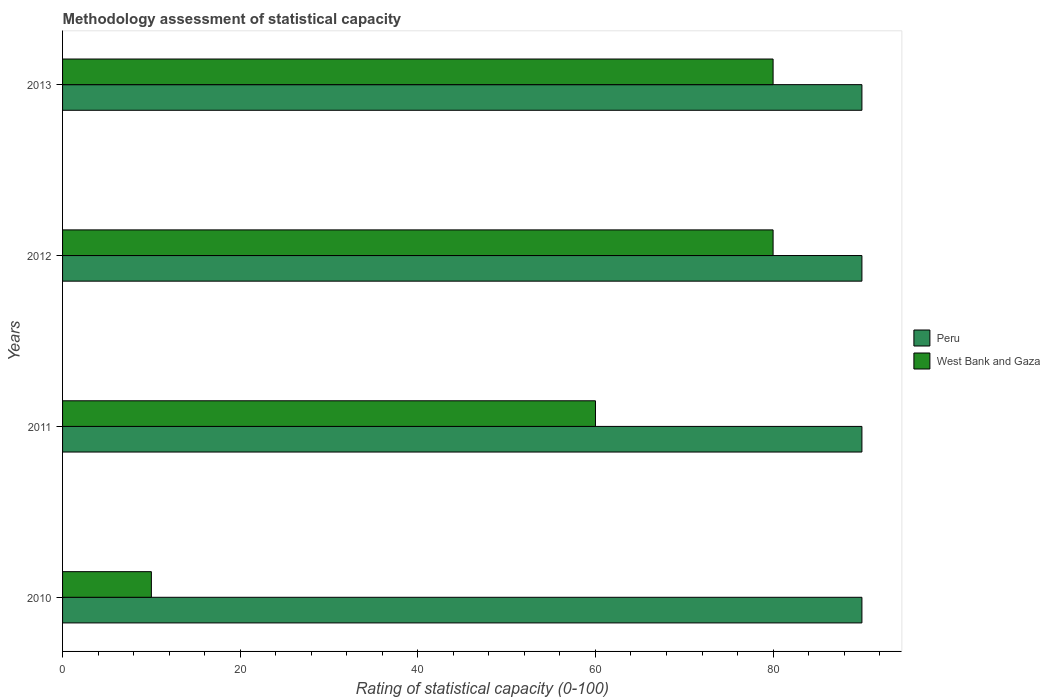
| Years | Peru | West Bank and Gaza |
 | --- | --- | --- |
 | 2010 | 90 | 10 |
 | 2011 | 90 | 60 |
 | 2012 | 90 | 80 |
 | 2013 | 90 | 80 |